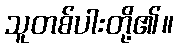
သူတစ်ပါးတို့၏။